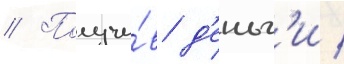
// Получи́в д'еньг'и /